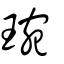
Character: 琬